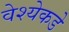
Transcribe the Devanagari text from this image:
वेश्येकडे